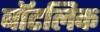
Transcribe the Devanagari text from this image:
बॉटलिक